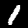
Digit: 1